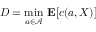
D = { \underset { a \in { \mathcal { A } } } { \operatorname* { m i n } } } \ \mathbf { E } [ c ( a , X ) ]